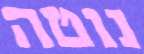
נוטה